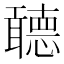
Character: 聼